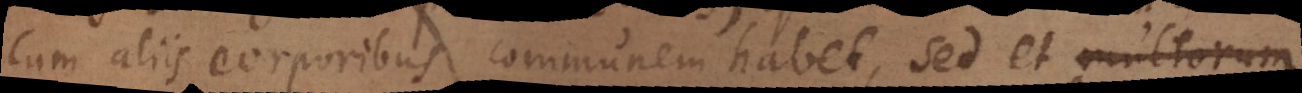
cum aliis corporibus communem habet, sed et multorum